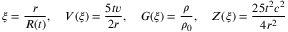
\xi = { \frac { r } { R ( t ) } } , \quad V ( \xi ) = { \frac { 5 t v } { 2 r } } , \quad G ( \xi ) = { \frac { \rho } { \rho _ { 0 } } } , \quad Z ( \xi ) = { \frac { 2 5 t ^ { 2 } c ^ { 2 } } { 4 r ^ { 2 } } }